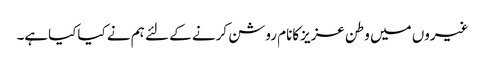
غیروں میں وطن عزیزکانام روشن کرنے کے لئے ہم نے کیاکیاہے۔